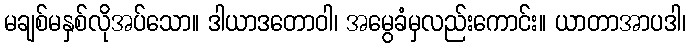
မချစ်မနှစ်လိုအပ်သော။ ဒါယာဒတောဝါ၊ အမွေခံမှလည်းကောင်း။ ယာတာအာပဒါ၊